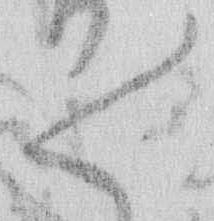
々